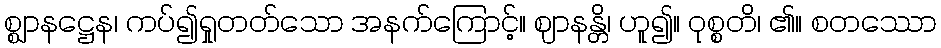
စ္ဈာနဋ္ဌေန၊ ကပ်၍ရှုတတ်သော အနက်ကြောင့်။ ဈာနန္တိ၊ ဟူ၍။ ဝုစ္စတိ၊ ၏။ စတဿော